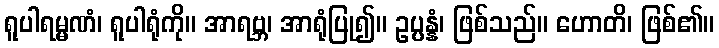
ရူပါရမ္မဏံ၊ ရူပါရုံကို။ အာရဗ္ဘ၊ အာရုံပြု၍။ ဥပ္ပန္နံ၊ ဖြစ်သည်။ ဟောတိ၊ ဖြစ်၏။